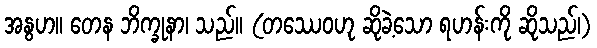
အနွဟ။ တေန ဘိက္ခုနာ၊ သည်။ (တဿေဝဟု ဆိုခဲ့သော ရဟန်းကို ဆိုသည်၊)